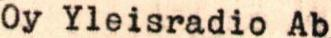
Oy Yleisradio Ab